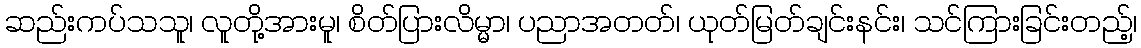
ဆည်းကပ်သသူ၊ လူတို့အားမူ၊ စိတ်ပြားလိမ္မာ၊ ပညာအတတ်၊ ယုတ်မြတ်ချင်းနင်း၊ သင်ကြားခြင်းတည့်၊